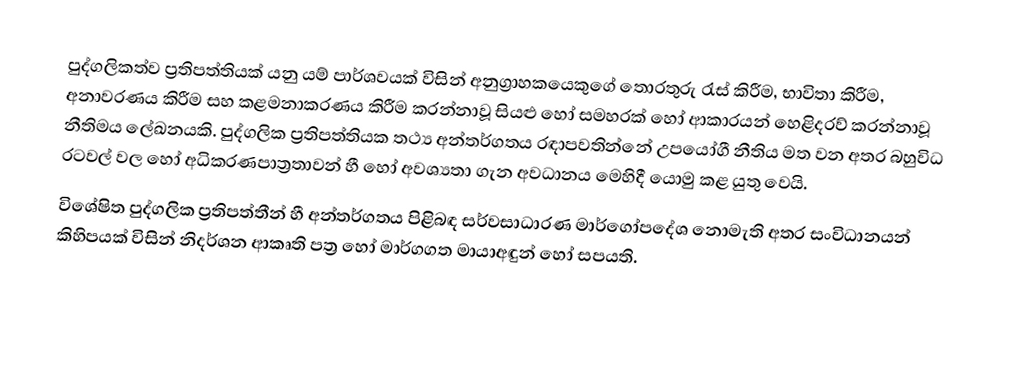
පුද්ගලිකත්ව ප්‍රතිපත්තියක් යනු යම් පාර්ශවයක් විසින් අනුග්‍රාහකයෙකුගේ තොරතුරු රැස් කිරීම, භාවිතා කිරීම, අනාවරණය කිරීම සහ කළමනාකරණය කිරීම කරන්නාවූ සියළු හෝ සමහරක් හෝ ආකාරයන් හෙළිදරව් කරන්නාවූ නීතිමය ලේඛනයකි.  පුද්ගලික ප්‍රතිපත්තියක තථ්‍ය අන්තර්ගතය රඳාපවතින්නේ උපයෝගී නීතිය මත වන අතර බහුවිධ රටවල් වල හෝ අධිකරණපාත්‍රතාවන් හී හෝ  අවශ්‍යතා ගැන අවධානය මෙහිදී යොමු කළ යුතු වෙයි.
විශේෂිත පුද්ගලික ප්‍රතිපත්තීන් හී අන්තර්ගතය පිළිබඳ සර්වසාධාරණ මාර්ගෝපදේශ නොමැති අතර සංවිධානයන් කිහිපයක් විසින් නිදර්ශන ආකෘති පත්‍ර හෝ මාර්ගගත  මායාඅඳුන් හෝ සපයති.